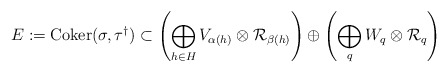
\begin{align*}E := {\rm Coker}(\sigma,\tau^\dagger) \subset \left(\bigoplus\limits_{h \in H} V_{\alpha(h)} \otimes {\cal R}_{\beta(h)} \right)\oplus \left( \bigoplus\limits_q W_q \otimes {\cal R}_q\right)\end{align*}